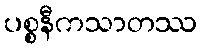
ပစ္စနီကသာတဿ